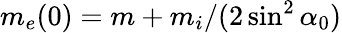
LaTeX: m_{e}(0)=m+m_{i}/(2\sin^{2}{\alpha_{0}})